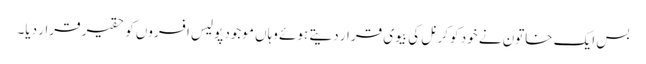
بس ایک خاتون نے خود کو کرنل کی بیوی قرار دیتے ہوئے وہاں موجود پولیس افسروں کو حقیر قرار دیا۔